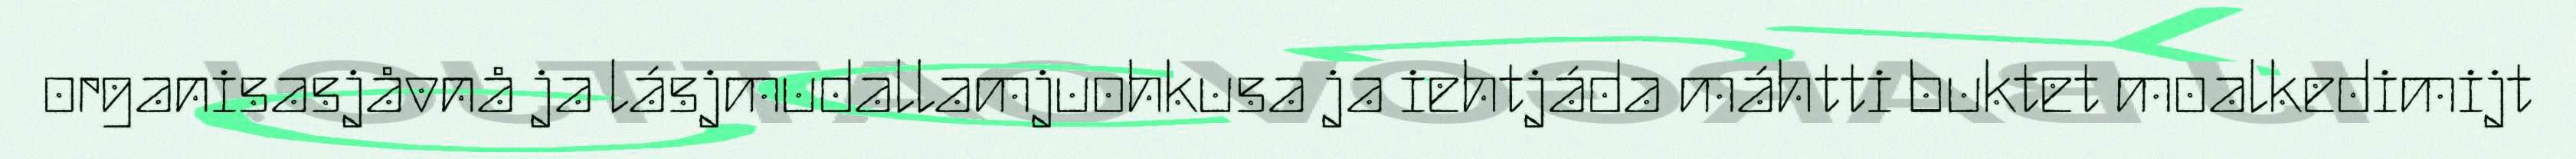
organisasjåvnå ja lásjmudallamjuohkusa ja iehtjáda máhtti buktet moalkedimijt